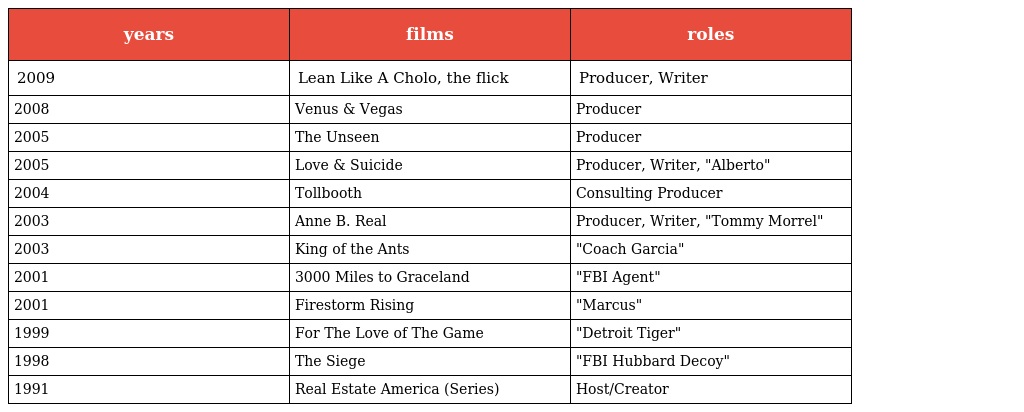
| years | films | roles |
 | --- | --- | --- |
 | 2009 | Lean Like A Cholo, the flick | Producer, Writer |
 | 2008 | Venus & Vegas | Producer |
 | 2005 | The Unseen | Producer |
 | 2005 | Love & Suicide | Producer, Writer, "Alberto" |
 | 2004 | Tollbooth | Consulting Producer |
 | 2003 | Anne B. Real | Producer, Writer, "Tommy Morrel" |
 | 2003 | King of the Ants | "Coach Garcia" |
 | 2001 | 3000 Miles to Graceland | "FBI Agent" |
 | 2001 | Firestorm Rising | "Marcus" |
 | 1999 | For The Love of The Game | "Detroit Tiger" |
 | 1998 | The Siege | "FBI Hubbard Decoy" |
 | 1991 | Real Estate America (Series) | Host/Creator |